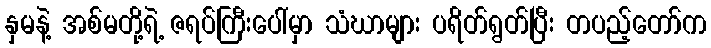
နှမနဲ့ အစ်မတို့ရဲ့ ဇရပ်ကြီးပေါ်မှာ သံဃာများ ပရိတ်ရွတ်ပြီး တပည့်တော်က